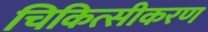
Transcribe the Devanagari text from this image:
चिकित्सीकरण